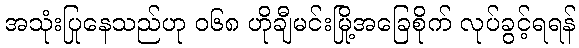
အသုံးပြုနေသည်ဟု ၀၆၈ ဟိုချီမင်းမြို့အခြေစိုက် လုပ်ခွင့်ရရန်